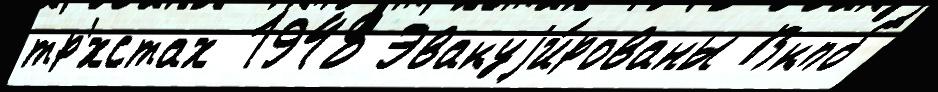
тр'́хстах 1948 Эвакуjи́рованы Вкпб